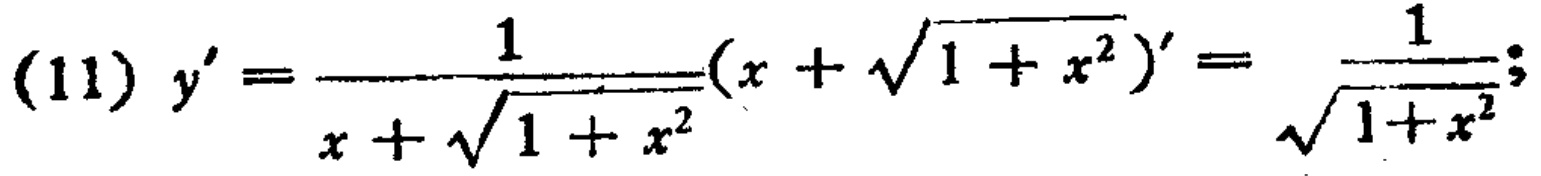
(11) \(y'=\frac{1}{x + \sqrt{1 + x^{2}}}(x+\sqrt{1 + x^{2}})'=\frac{1}{\sqrt{1 + x^{2}}}\)